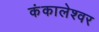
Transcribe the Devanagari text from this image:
कंकालेश्‍वर